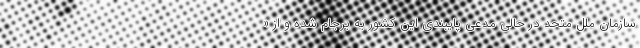
سازمان ملل متحد در حالی مدعی پایبندی این کشور به برجام شده و از «